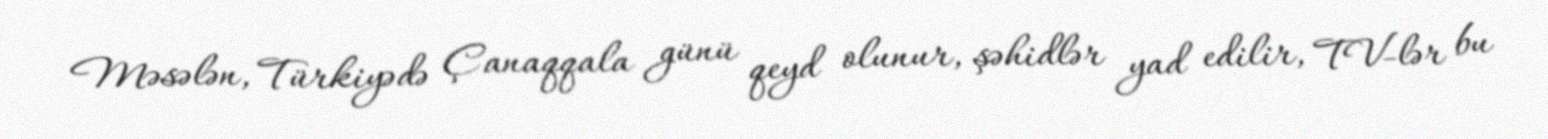
Məsələn, Türkiyədə Çanaqqala günü qeyd olunur, şəhidlər yad edilir, TV-lər bu